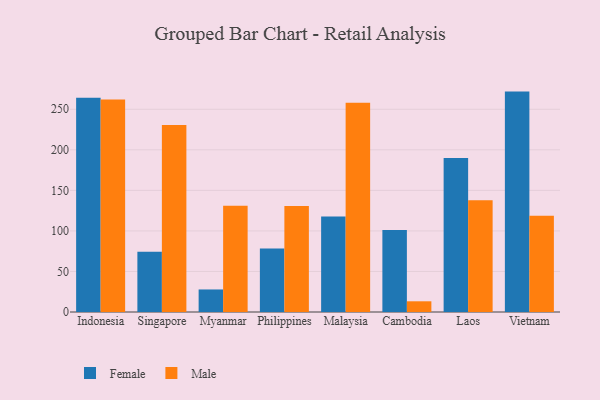
{"axis": {"x": "Country", "y": "Active Users"}, "legend": ["Female", "Male"], "data": [{"x": "Indonesia", "y": 264.3, "type": "Female"}, {"x": "Indonesia", "y": 262.2, "type": "Male"}, {"x": "Singapore", "y": 74.3, "type": "Female"}, {"x": "Singapore", "y": 230.6, "type": "Male"}, {"x": "Myanmar", "y": 27.8, "type": "Female"}, {"x": "Myanmar", "y": 130.9, "type": "Male"}, {"x": "Philippines", "y": 78.2, "type": "Female"}, {"x": "Philippines", "y": 130.7, "type": "Male"}, {"x": "Malaysia", "y": 117.9, "type": "Female"}, {"x": "Malaysia", "y": 257.9, "type": "Male"}, {"x": "Cambodia", "y": 101.0, "type": "Female"}, {"x": "Cambodia", "y": 13.2, "type": "Male"}, {"x": "Laos", "y": 189.8, "type": "Female"}, {"x": "Laos", "y": 137.9, "type": "Male"}, {"x": "Vietnam", "y": 271.8, "type": "Female"}, {"x": "Vietnam", "y": 118.7, "type": "Male"}]}